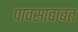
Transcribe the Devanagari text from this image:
पावसाबाबत